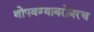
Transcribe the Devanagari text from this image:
थोपवण्याबरोबरच